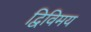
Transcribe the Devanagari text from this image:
द्विविमय